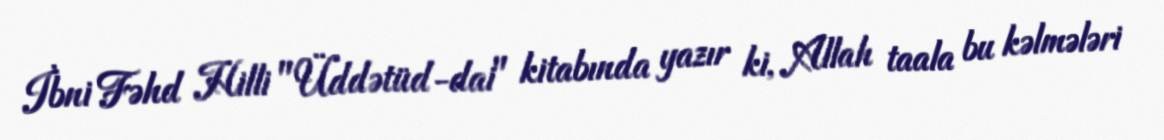
İbni Fəhd Hilli "Üddətüd-dai" kitabında yazır ki, Allah taala bu kəlmələri